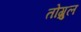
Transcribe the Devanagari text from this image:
तोग्रुल